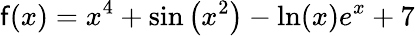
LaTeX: \mathsf{f}(x)=x^{4}+\sin\left(x^{2}\right)-\ln(x)e^{x}+7